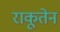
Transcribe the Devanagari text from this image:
राकूतेन